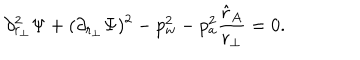
LaTeX: \partial _ { r _ { \perp } } ^ { 2 } \Psi + ( \partial _ { r _ { \perp } } \Psi ) ^ { 2 } - p _ { w } ^ { 2 } - p _ { a } ^ { 2 } { \frac { \hat { r } _ { A } } { r _ { \perp } } } = 0 .